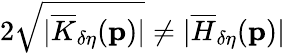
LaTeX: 2\sqrt{\vert\overline{{K}}_{\delta\eta}(\mathbf{p})\vert}\neq\vert\overline{{H}}_{\delta\eta}(\mathbf{p})\vert